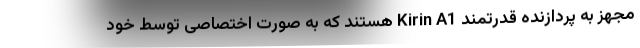
مجهز به پردازنده قدرتمند Kirin A1 هستند که به صورت اختصاصی توسط خود